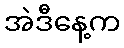
အဲဒီနေ့က